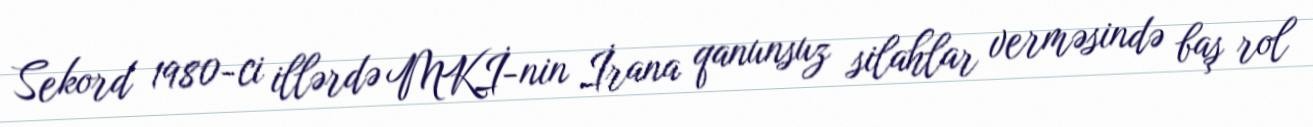
Sekord 1980-ci illərdə MKİ-nin İrana qanunsuz silahlar verməsində baş rol